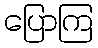
ပြောကြ